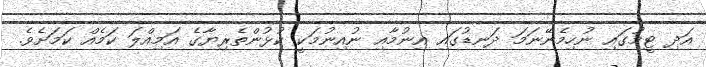
އަދި ޓީމުގައި ނުހިމެނޭނަމަ ދަނޑުގައި އިނުމާއި ނުއިނުމަކީ ކުޅުންތެރިޔާގެ އަމިއްލަ ކަމެއް ކަމަށެވެ.